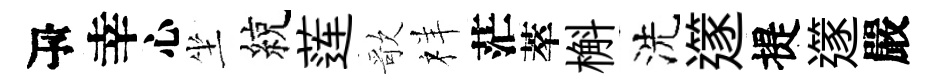
瓴幸心坐綂莲歌祥茫萃槲洗𨗹提𨗹嚴